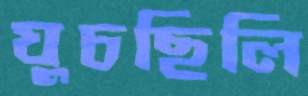
ঘুচছিলি